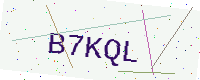
Text: B7KQL